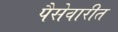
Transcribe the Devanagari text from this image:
पैसेवारीत